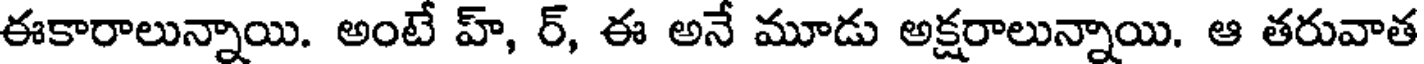
ఈకారాలున్నాయి. అంటే హ్, ర్, ఈ అనే మూడు అక్షరాలున్నాయి. ఆ తరువాత